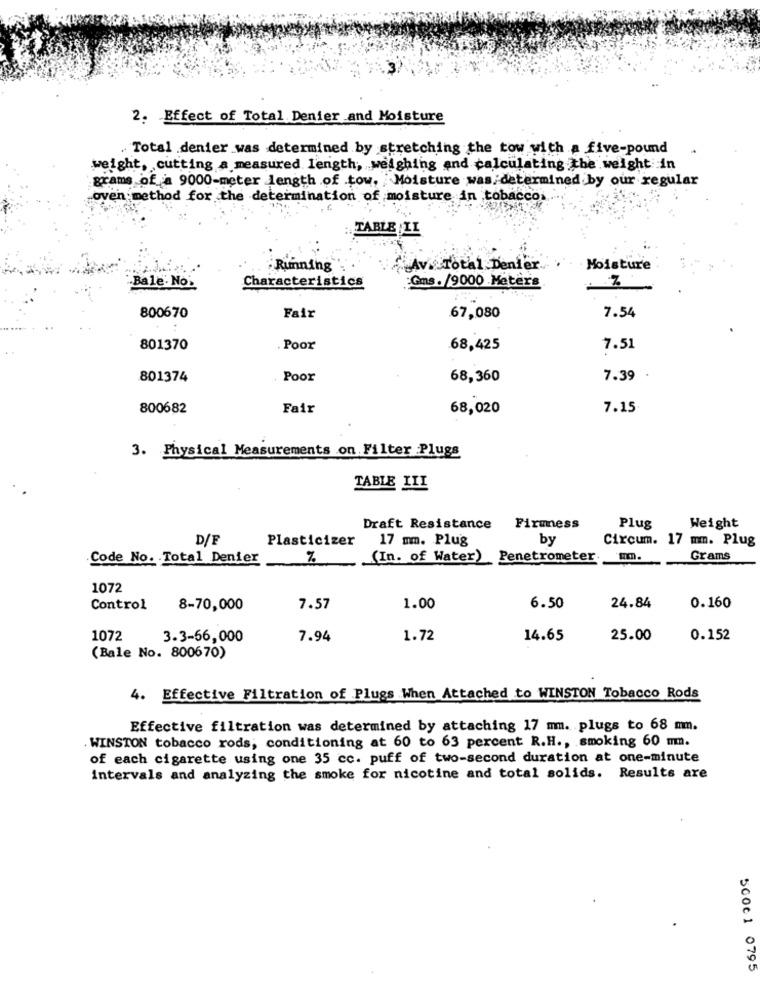
2. Effect of Total Denier and Moisture
. Total denier was determined by stretching the tow with a five-pound
weight, cutting a measured length, weighing and calculating the weight in
grams of a 9000-meter length of tow, Moisture was determined by our regular
oven method for the determination of moisture in tobacco
TABLE IL
Running
Avi Total Denler
Moisture
Bale. No:
Characteristics
Gms. /9000 Meters
800670
Fair
67,080
7.54
801370
. Poor
68,425
7.51
801374
Poor
68,360
7.39
800682
Fair
68,020
7.15
3. Physical Measurements on Filter Plugs
TABLE III
Draft Resistance
Firmess
Plug
Weight
D/F
Plasticizer
17 mm. Plug
by
Circum. 17 mm. Plug
Code No. . Total Denier
Z (In. of Water) Penetrometer mm.
Grams
1072
24.84
Control
8-70,000
7.57
1.00
6.50
0.160
1072
3.3-56,000
7.94
1.72
14.65
25.00
0.152
(Bale No. 800670)
4. Effective Filtration of Plugs When Attached to WINSTON Tobacco Rods
Effective filtration was determined by attaching 17 mm. plugs to 68 mm.
WINSTON tobacco rods; conditioning at 60 to 63 percent R.H ., smoking 60 mm.
of each cigarette using one 35 cc. puff of two-second duration at one-minute
intervals and analyzing the smoke for nicotine and total solids. Results are
500€ 1 0795